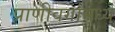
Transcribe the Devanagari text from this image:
प्राणीवर्गामध्ये